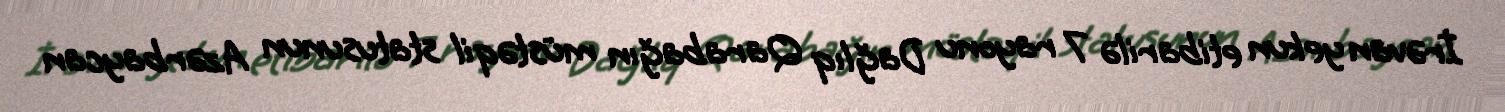
İrəvan yekun etibarilə 7 rayonu Dağlıq Qarabağın müstəqil statusunun Azərbaycan